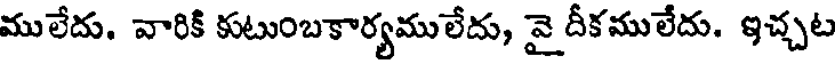
ములేదు. వారికి కుటుంబకార్యములేదు, వై దీకములేదు. ఇచ్చట